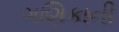
ગણિકાની